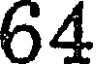
64